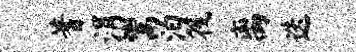
蓍涓鬻泊筏离迭